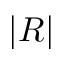
| R |